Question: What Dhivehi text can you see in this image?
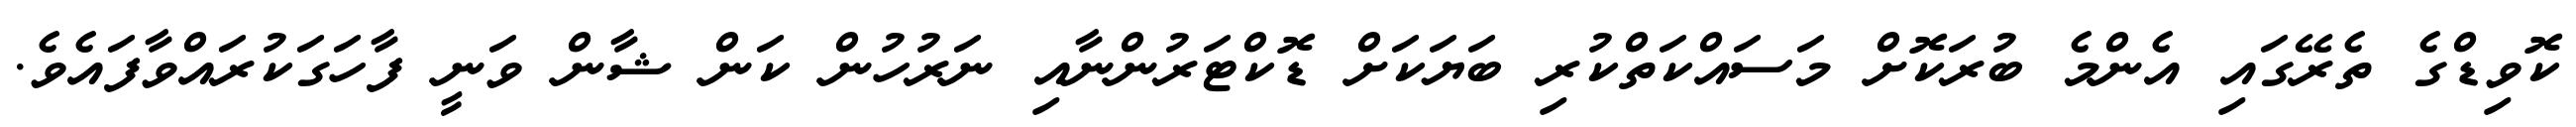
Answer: ކޮވިޑްގެ ތެރޭގައި އެންމެ ބުރަކޮށް މަސައްކަތްކުރި ބަޔަކަށް ޑޮކްޓަރުންނާއި ނަރުހުން ކަން ޝާން ވަނީ ފާހަގަކުރައްވާފައެވެ.